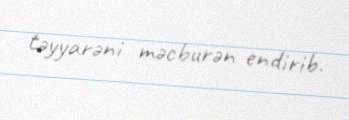
təyyarəni məcburən endirib.